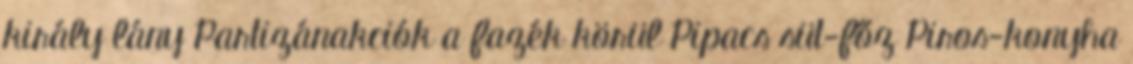
király lány Partizánakciók a fazék körül Pipacs süt-főz Piros-konyha